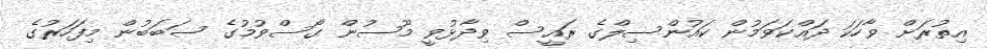
އިތުރަށް ވާހަކަ ދައްކަވަމުން ކައުންސިލްގެ ރައީސް ވިދާޅުވީ މޫސުން ގޯސްވުމުގެ ސަބަބުން މިފަހަރުގެ